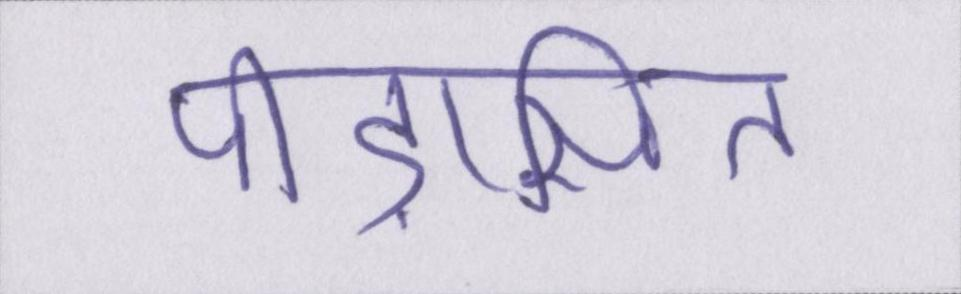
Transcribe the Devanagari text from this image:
पीड़ासित